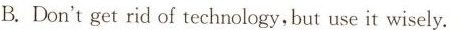
B.Don't get rid of technology,but use it wisely.